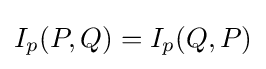
I_{p}(P,Q)=I_{p}(Q,P)